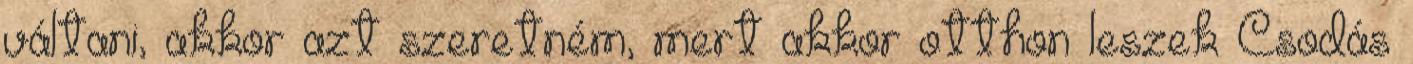
váltani, akkor azt szeretném, mert akkor otthon leszek Csodás